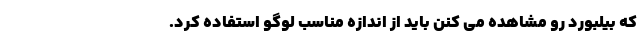
که بیلبورد رو مشاهده می کنن باید از اندازه مناسب لوگو استفاده کرد.